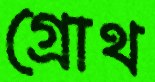
গ্রোথ